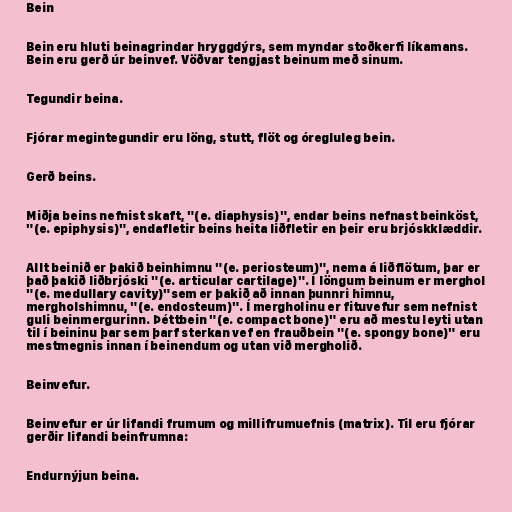
Bein

Bein eru hluti beinagrindar hryggdýrs, sem myndar stoðkerfi líkamans.
Bein eru gerð úr beinvef. Vöðvar tengjast beinum með sinum.

Tegundir beina.

Fjórar megintegundir eru löng, stutt, flöt og óregluleg bein.

Gerð beins.

Miðja beins nefnist skaft, "(e. diaphysis)", endar beins nefnast beinköst,
"(e. epiphysis)", endafletir beins heita liðfletir en þeir eru brjóskklæddir.

Allt beinið er þakið beinhimnu "(e. periosteum)", nema á liðflötum, þar er
það þakið liðbrjóski "(e. articular cartilage)". Í löngum beinum er merghol
"(e. medullary cavity)"sem er þakið að innan þunnri himnu,
mergholshimnu, "(e. endosteum)". Í mergholinu er fituvefur sem nefnist
guli beinmergurinn. Þéttbein "(e. compact bone)" eru að mestu leyti utan
til í beininu þar sem þarf sterkan vef en frauðbein "(e. spongy bone)" eru
mestmegnis innan í beinendum og utan við mergholið.

Beinvefur.

Beinvefur er úr lifandi frumum og millifrumuefnis (matrix). Til eru fjórar
gerðir lifandi beinfrumna:

Endurnýjun beina.